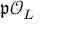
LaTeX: { \mathfrak { p } } { \mathcal { O } } _ { L }